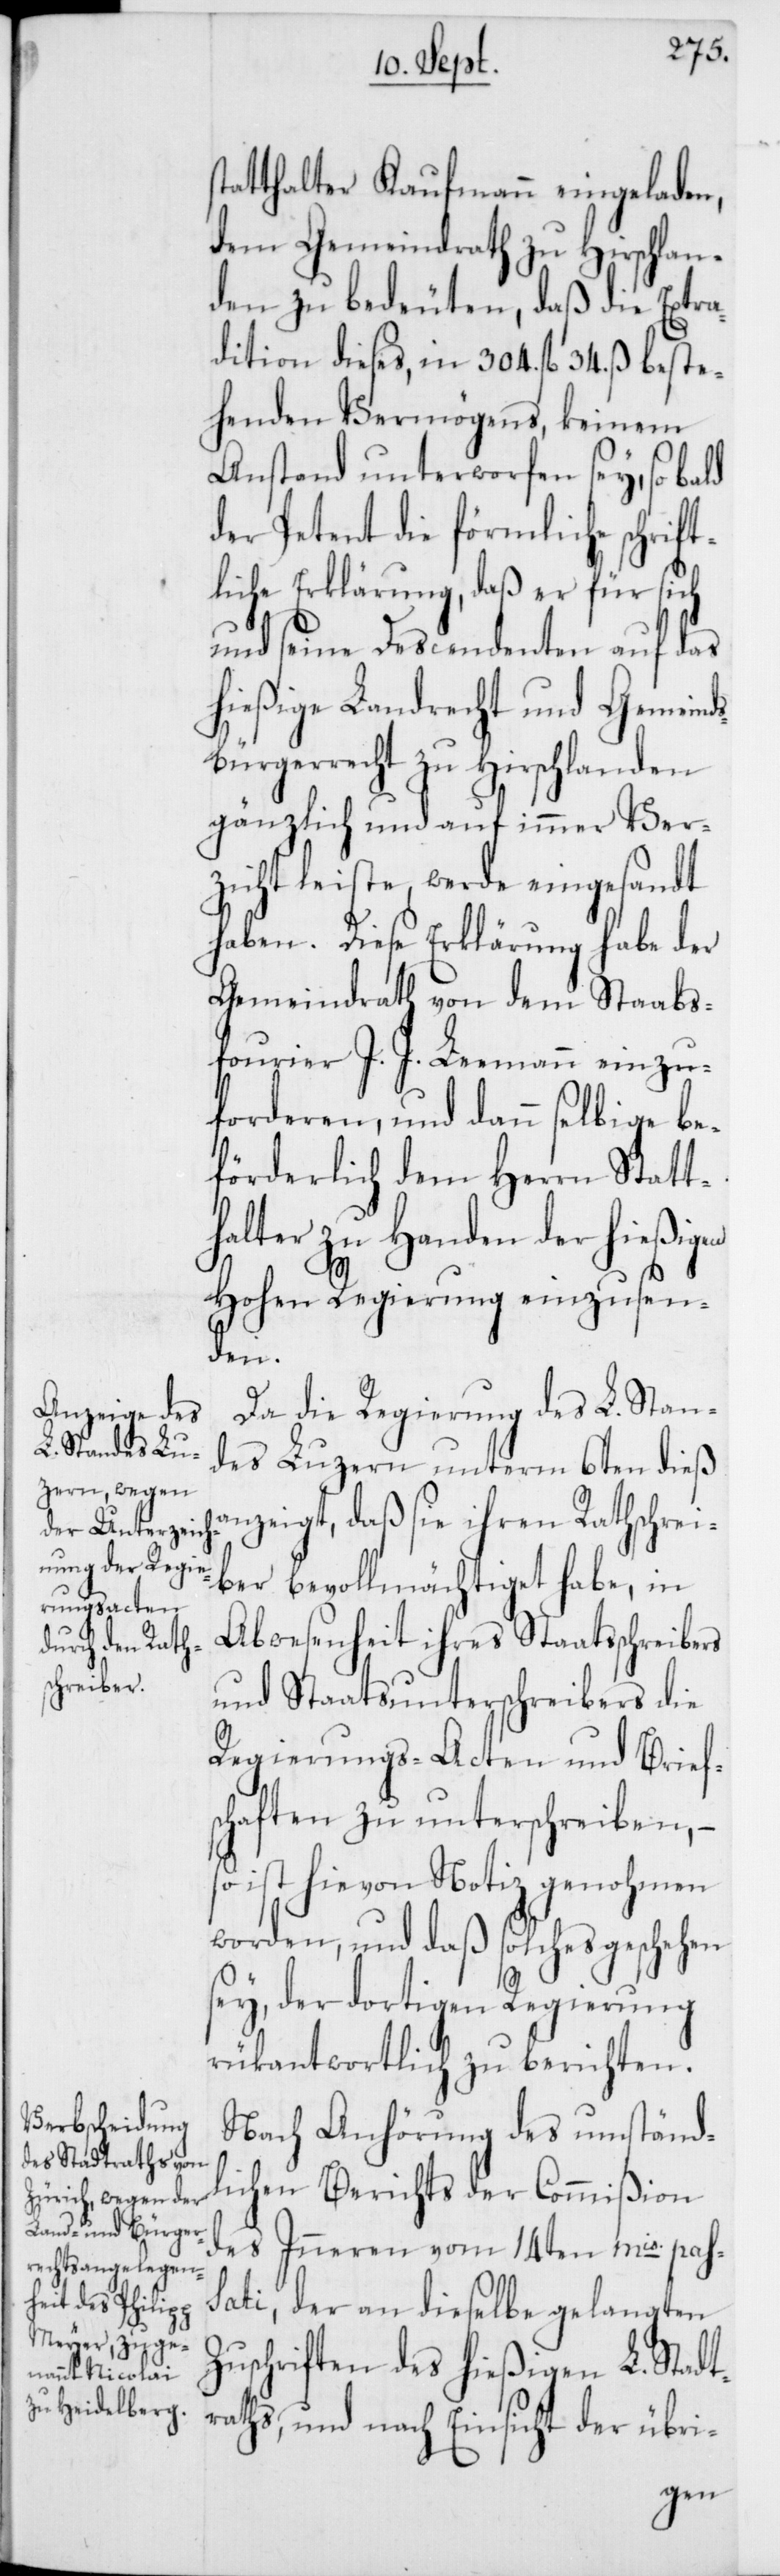
tatthalter Kaufmann eingeladen,
dem Gemeindrath zu Hirschlan¬
den zu bedeuten, daß die Extra¬
dition dieses, in 304. fl. 34. ß beste¬
henden Vermögens, keinem
Anstand unterworfen sey, so bald
der Petent die förmliche schrift¬
liche Erklärung, daß er für sich
und seine Descendenten auf das
hießige Landrecht und Gemeinds¬
bürgerrecht zu Hirschlanden
gänzlich und auf immer Ver¬
zicht leiste, werde eingesandt
haben. Diese Erklärung habe der
Gemeindrath von dem Staabs¬
fourier J. J. Leemann einzu¬
forderen, und dann selbige be¬
förderlich dem Herrn Statt¬
halter zu Handen der hießigen
Hohen Regierung einzusen¬
den.
Da die Regierung des L. Stan¬
des Luzern unterm 6ten dieß
anzeigt, daß sie ihren Rathschrei¬
ber bevollmächtiget habe, in
Abwesenheit ihres Staatsschreibers
und Staatsunterschreibers die
Regierungs-Acten und Brief¬
schaften zu unterschreiben, –
so ist hievon Notiz genohmen
worden, und daß solches geschehen
sey, der dortigen Regierung
rükantwortlich zu berichten.
Nach Anhörung des umständ¬
lichen Berichts der Commißion
des Inneren vom 14ten mis. pas¬
sati, der an dieselbe gelangten
Zuschriften des hießigen L. Stadt¬
raths, und nach Einsicht der übri-